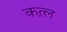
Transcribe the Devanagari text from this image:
कत़्ल